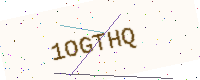
Text: 1OGTHQ